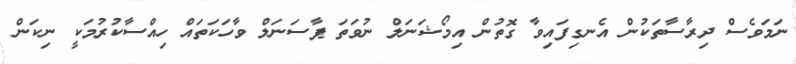
ނަމަވެސް ދިރާސާތަކުން އެނގިފައިވާ ގޮތުން އިމޯޝަނަލް ނުވަތަ ޕާސަނަލް ވާހަކަތައް ހިއްސާކުރުމަކީ ނިކަން